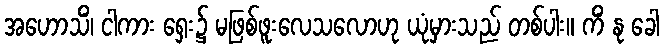
အဟောသိံ၊ ငါကား ရှေး၌ မဖြစ်ဖူးလေသလောဟု ယုံမှားသည် တစ်ပါး။ ကိံ နု ခေါ